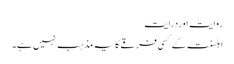
روایت اوردرایت
اہلسنت کے کسی فرقے کا یہ مذہب نہیں ہے۔